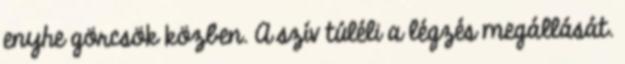
enyhe görcsök közben. A szív túléli a légzés megállását.